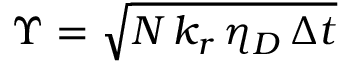
\Upsilon = \sqrt { N \, k _ { r } \, \eta _ { D } \, \Delta t }